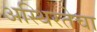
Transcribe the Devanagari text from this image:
अस्थिरतेचा